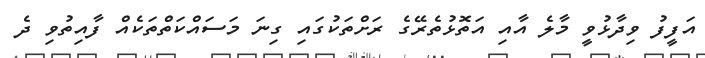
އަފީފު ވިދާޅުވީ މާލެ އާއި އަތޮޅުތެރޭގެ ރަށްތަކުގައި ގިނަ މަސައްކަތްތަކެއް ފާއިތުވި ދެ